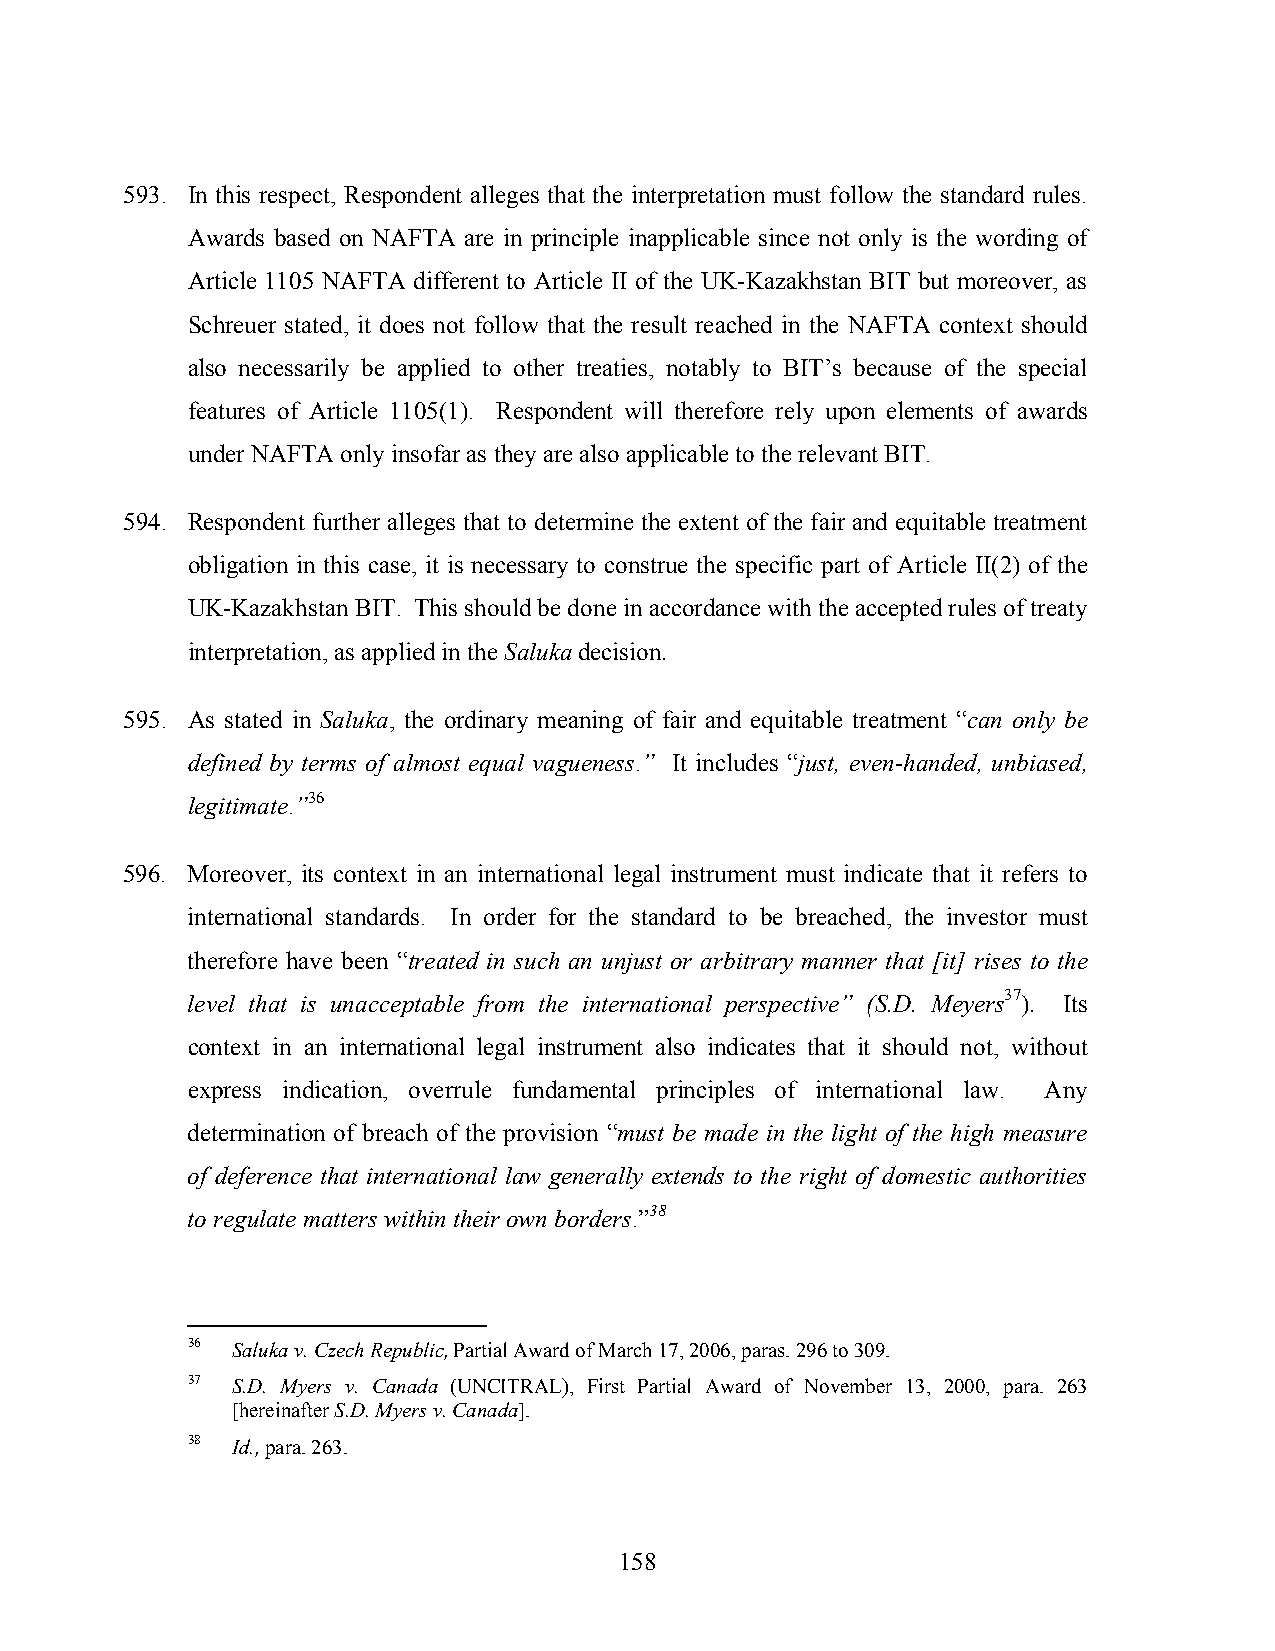
593. In this respect, Respondent alleges that the interpretation must follow the standard rules.
 Awards based on NAFTA are in principle inapplicable since not only is the wording of
 Article 1105 NAFTA different to Article II of the UK-Kazakhstan BIT but moreover, as
 Schreuer stated, it does not follow that the result reached in the NAFTA context should
 also necessarily be applied to other treaties, notably to BIT’s because of the special
 features of Article 1105(1). Respondent will therefore rely upon elements of awards
 under NAFTA only insofar as they are also applicable to the relevant BIT.
 594. Respondent further alleges that to determine the extent of the fair and equitable treatment
 obligation in this case, it is necessary to construe the specific part of Article II(2) of the
 UK-Kazakhstan BIT. This should be done in accordance with the accepted rules of treaty
 interpretation, as applied in the Saluka decision.
 595. As stated in Saluka, the ordinary meaning of fair and equitable treatment “can only be
 defined by terms of almost equal vagueness.” It includes “just, even-handed, unbiased,
 legitimate.”36
 596. Moreover, its context in an international legal instrument must indicate that it refers to
 international standards. In order for the standard to be breached, the investor must
 therefore have been “treated in such an unjust or arbitrary manner that [it] rises to the
 level that is unacceptable from the international perspective” (S.D. Meyers37). Its
 context in an international legal instrument also indicates that it should not, without
 express indication, overrule fundamental principles of international law. Any
 determination of breach of the provision “must be made in the light of the high measure
 of deference that international law generally extends to the right of domestic authorities
 to regulate matters within their own borders.”38
 36 Saluka v. Czech Republic, Partial Award of March 17, 2006, paras. 296 to 309.
 37 S.D. Myers v. Canada (UNCITRAL), First Partial Award of November 13, 2000, para. 263
 [hereinafter S.D. Myers v. Canada].
 38 Id., para. 263.
 158